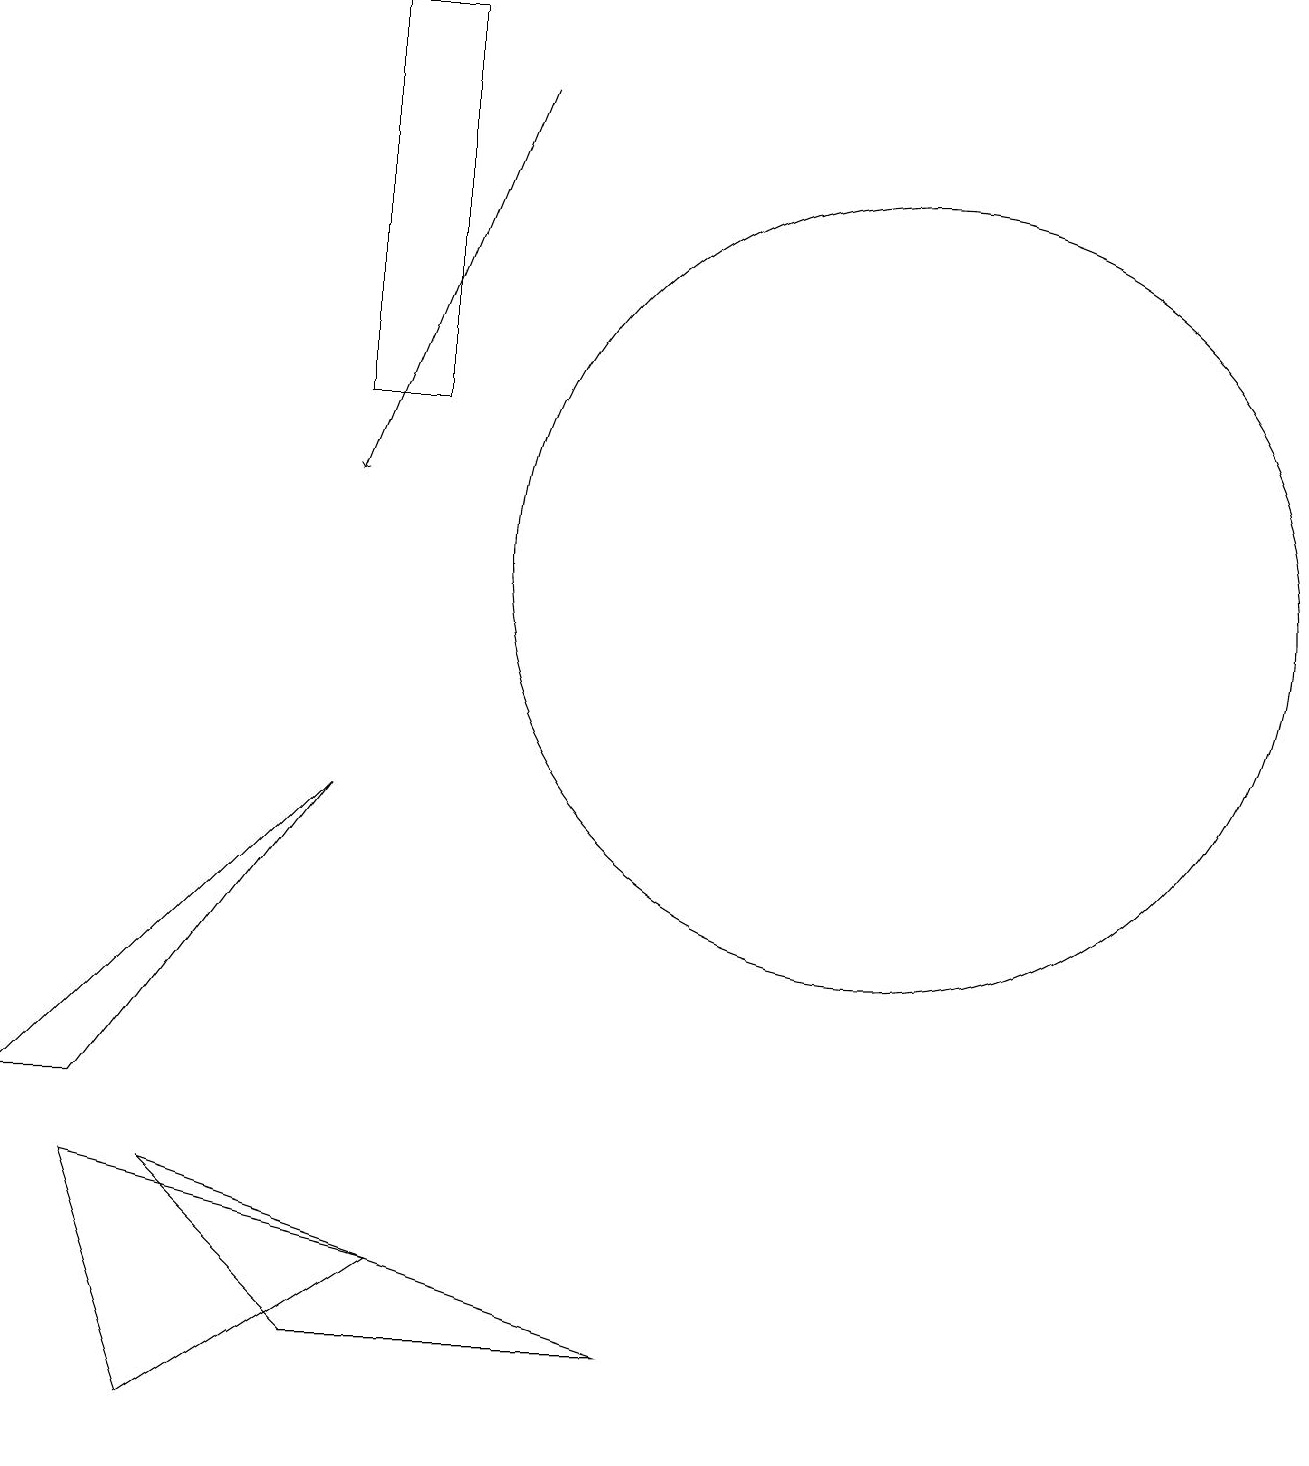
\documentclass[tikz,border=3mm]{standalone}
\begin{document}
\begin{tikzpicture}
\draw (4,9) -- (1,5) -- (0,5) -- cycle;
\draw[->] (6,18) -- (4,13);
\draw (11,12) circle (5);
\draw (10,11) circle (0);
\draw (5,14) rectangle (4,19);
\draw (2,4) -- (4,2) -- (8,2) -- cycle;
\draw (1,4) -- (2,1) -- (5,3) -- cycle;
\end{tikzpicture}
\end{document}